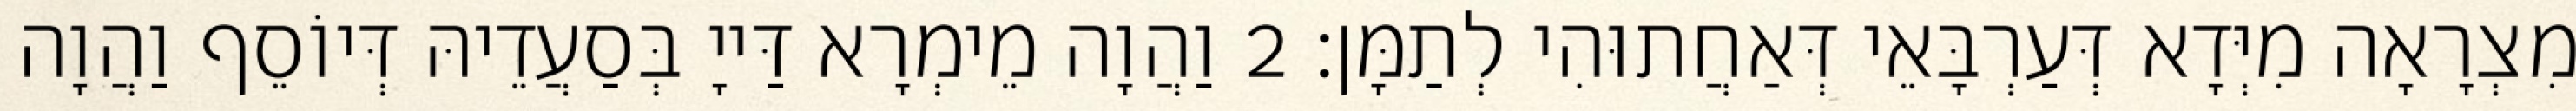
מִצְרָאָה מִיְּדָא דְּעַרְבָּאֵי דְּאַחֲתוּהִי לְתַמָּן׃ 2 וַהֲוָה מֵימְרָא דַּייָ בְּסַעֲדֵיהּ דְּיוֹסֵף וַהֲוָה